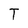
Character: T